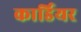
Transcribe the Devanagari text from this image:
कार्डियर